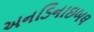
અનડિનાઇબલ